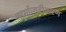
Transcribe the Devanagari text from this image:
मार्गान्तरीकरण